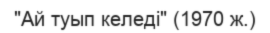
"Ай туып келеді" (1970 ж.)